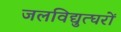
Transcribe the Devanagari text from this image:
जलविद्युत्घरों